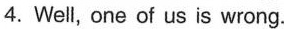
4.Well, one of us is wrong.